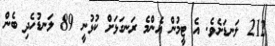
212 ލަނޑަށެވެ. އެ ޓީމުން އެންމެ ރަނގަޅަށް ކުޅުނީ 89 ލަނޑުހެދި ބެން